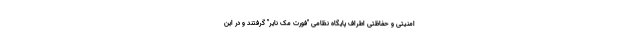
امنیتی و حفاظتی اطراف پایگاه نظامی "فورت مک نایر" گرفتند و در این